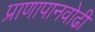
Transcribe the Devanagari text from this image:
प्राणापानवोढी